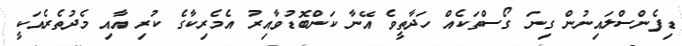
ޑިފެންސްލައިނުން ގިނަ ގޯސްތަކެއް ހަދާތީވެ އޭނާ ކަންބޮޑުވާއިރު އެމެރިކާގެ ކުރި އާއި މެދުތެރެއަކީ